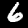
Digit: 6